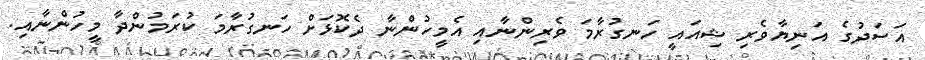
އަސަދުގެ އަނިޔާވެރި ޝިއައީ ހަނގުރާމަ ވެރިންނާއި އެމީހުންނާ ދެކޮޅަށް ހަނގުރާމަ ކުރަމުންދާ މީހުންނާއި.